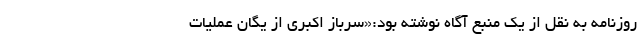
روزنامه به نقل از یک منبع آگاه نوشته بود:«سرباز اکبری از یگان عملیات